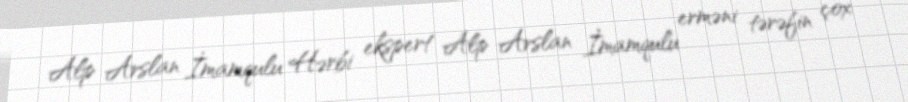
Alp Arslan İmamqulu Hərbi ekspert Alp Arslan İmamqulu erməni tərəfin çox